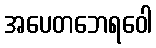
အပေတဘေရဝေါ